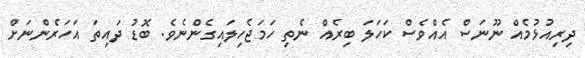
ދިރިއުޅުމެއް ނޫނަސް އެއްވެސް ކަހަލަ ބިރެއް ނެތި ހަމަޖެހިލައިގެންނެވެ. ބޮޑު ދައިތަ އަހަރެންނަށް